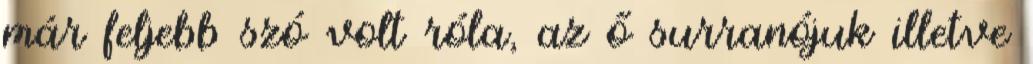
már feljebb szó volt róla, az ő surranójuk illetve